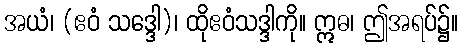
အယံ၊ (ဧဝံ သဒ္ဒေါ)၊ ထိုဧဝံသဒ္ဒါကို။ ဣဓ၊ ဤအရပ်၌။